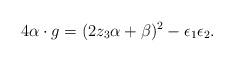
LaTeX: \begin{align*}4\alpha\cdot g=(2z_3\alpha+\beta)^2-\epsilon_1\epsilon_2.\end{align*}